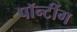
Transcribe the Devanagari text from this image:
पॉन्टींग